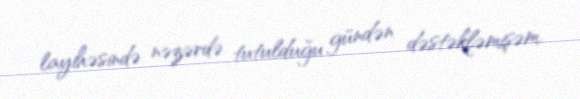
layihəsində nəzərdə tutulduğu gündən dəstəkləmişəm.